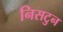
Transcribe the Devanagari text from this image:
निसटुन